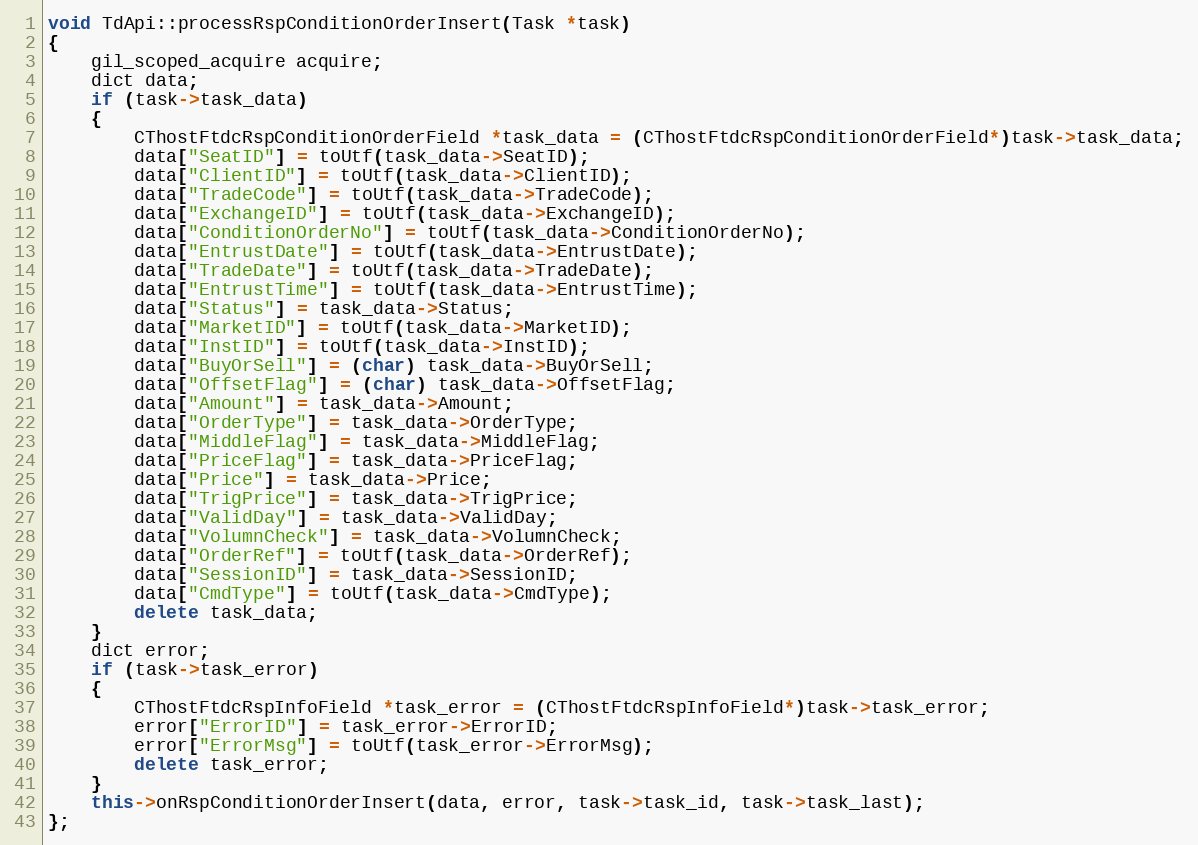
Language: C++
void TdApi::processRspConditionOrderInsert(Task *task)
{
	gil_scoped_acquire acquire;
	dict data;
	if (task->task_data)
	{
		CThostFtdcRspConditionOrderField *task_data = (CThostFtdcRspConditionOrderField*)task->task_data;
		data["SeatID"] = toUtf(task_data->SeatID);
		data["ClientID"] = toUtf(task_data->ClientID);
		data["TradeCode"] = toUtf(task_data->TradeCode);
		data["ExchangeID"] = toUtf(task_data->ExchangeID);
		data["ConditionOrderNo"] = toUtf(task_data->ConditionOrderNo);
		data["EntrustDate"] = toUtf(task_data->EntrustDate);
		data["TradeDate"] = toUtf(task_data->TradeDate);
		data["EntrustTime"] = toUtf(task_data->EntrustTime);
		data["Status"] = task_data->Status;
		data["MarketID"] = toUtf(task_data->MarketID);
		data["InstID"] = toUtf(task_data->InstID);
		data["BuyOrSell"] = (char) task_data->BuyOrSell;
		data["OffsetFlag"] = (char) task_data->OffsetFlag;
		data["Amount"] = task_data->Amount;
		data["OrderType"] = task_data->OrderType;
		data["MiddleFlag"] = task_data->MiddleFlag;
		data["PriceFlag"] = task_data->PriceFlag;
		data["Price"] = task_data->Price;
		data["TrigPrice"] = task_data->TrigPrice;
		data["ValidDay"] = task_data->ValidDay;
		data["VolumnCheck"] = task_data->VolumnCheck;
		data["OrderRef"] = toUtf(task_data->OrderRef);
		data["SessionID"] = task_data->SessionID;
		data["CmdType"] = toUtf(task_data->CmdType);
		delete task_data;
	}
	dict error;
	if (task->task_error)
	{
		CThostFtdcRspInfoField *task_error = (CThostFtdcRspInfoField*)task->task_error;
		error["ErrorID"] = task_error->ErrorID;
		error["ErrorMsg"] = toUtf(task_error->ErrorMsg);
		delete task_error;
	}
	this->onRspConditionOrderInsert(data, error, task->task_id, task->task_last);
};